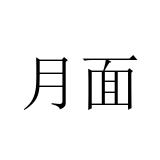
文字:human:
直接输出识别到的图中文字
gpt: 月面